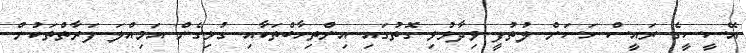
އޭސީސީގެ ރައީސް ހަސަން ލުތުފީ ވިދާޅުވި ގޮތުގައި އިންތިހާބްތަކާއި ގުޅިގެން އަމިއްލަ ފަރާތްތަކުން